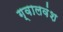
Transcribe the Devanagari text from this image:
ग्वालवंश